Report of the Indian Hemp Drugs Commission, 1894-1895 - Volume III
Year: 1894
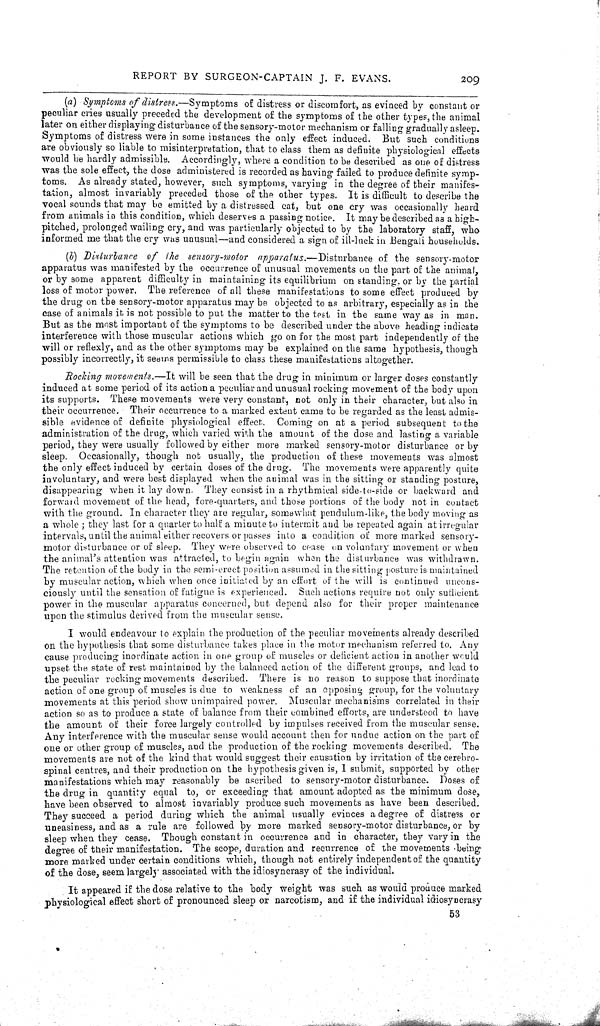
REPORT BY SURGEON-CAPTAIN J. F. EVANS.
209
(a) Symptoms of distress.—Symptoms
of distress or discomfort, as evinced by constant or
peculiar cries usually preceded the development of the symptoms of the other types, the animal
later on either displaying disturbance of the sensory-motor mechanism or falling gradually asleep.
Symptoms of distress were in some instances the only effect induced. But such conditions
are obviously so liable to misinterpretation, that to class them as definite physiological effects
would be hardly admissible. Accordingly, where a condition to be described as one of distress
was the sole effect, the dose administered is recorded as having failed to produce definite symp-
toms. As already stated, however, such symptoms, varying in the degree of their manifes-
tation, almost invariably preceded those of the other types. It is difficult to describe the
vocal sounds that may be emitted by a distressed cat, but one cry was occasionally heard
from animals in this condition, which deserves a passing notice. It may be described as a high-
pitched, prolonged wailing cry, and was particularly objected to by the laboratory staff, who
informed me that the cry was unusual-and considered a sign of ill-luck in Bengali households.
(b) Disturbance
of the sensory-motor
apparatus.—Disturbance
of the sensory-motor
apparatus was manifested by the occurrence of unusual movements on the part of the animal,
or by some apparent difficulty in maintaining its equilibrium on standing, or by the partial
loss of motor power. The reference of all these manifestations to some effect produced by
the drug on the sensory-motor apparatus may be objected to as arbitrary, especially as in the
case of animals it is not possible to put the matter to the test in the same way as in man.
But as the most important of the symptoms to be described under the above heading indicate
interference with those muscular actions which go on for the most part independently of the
will or reflexly, and as the other symptoms may be explained on the same hypothesis, though
possibly incorrectly, it seems permissible to class these manifestations altogether.
Rocking movements.—It will be seen that the drug in minimum or larger doses constantly
induced at some period of its action a peculiar and unusual rocking movement of the body upon
its supports. These movements were very constant, not only in their character, but also in
their occurrence. Their occurrence to a marked extent came to be regarded as the least admis-
sible evidence of definite physiological effect. Coming on at a period subsequent to the
administration of the drug, which varied with the amount of the dose and lasting a variable
period, they were usually followed by either more marked sensory-motor disturbance or by
sleep. Occasionally, though not usually, the production of these movements was almost
the only effect induced by certain doses of the drug. The movements were apparently quite
involuntary, and were best displayed when the animal was in the sitting or standing posture,
disappearing when it lay down. They consist in a rhythmical side-to-side or backward and
forward movement of the head, fore-quarters, and those portions of the body not in contact
with the ground. In character they are regular, somewhat pendulum-like, the body moving as
a whole; they last for a quarter to half a minute to intermit and be repeated again at irregular
intervals, until the animal either recovers or passes into a condition of more marked sensory-
motor disturbance or of sleep. They were observed to cease on voluntary movement or when
the animal's attention was attracted, to begin again when the disturbance was withdrawn.
The retention of the body in the semi-erect position assumed in the sitting posture is maintained
by muscular action, which when once initiated by an effort of the will is continued uncons-
ciously until the sensation of fatigue is experienced. Such actions require not only sufficient
power in the muscular apparatus concerned, but depend also for their proper maintenance
upon the stimulus derived from the muscular sense.
I would endeavour to explain the production of the peculiar movements already described
on the hypothesis that some disturbance takes place in the motor mechanism referred to. Any
cause producing inordinate action in one group of muscles or deficient action in another would
upset the state of rest maintained by the balanced action of the different groups, and lead to
the peculiar rocking movements described. There is no reason to suppose that inordinate
action of one group of muscles is due to weakness of an opposing group, for the voluntary
movements at this period show unimpaired power. Muscular mechanisms correlated in their
action so as to produce a state of balance from their combined efforts, are understood to have
the amount of their force largely controlled by impulses received from the muscular sense.
Any interference with the muscular sense would account then for undue action on the part of
one or other group of muscles, and the production of the rocking movements described. The
movements are not of the kind that would suggest their causation by irritation of the cerebro-
spinal centres, and their production on the hypothesis given is, I submit, supported by other
manifestations which may reasonably be ascribed to sensory-motor disturbance. Doses of
the drug in quantity equal to, or exceeding that amount adopted as the minimum dose,
have been observed to almost invariably produce such movements as have been described.
They succeed a period during which the animal usually evinces a degree of distress or
uneasiness, and as a rule are followed by more marked sensory-motor disturbance, or by
sleep when they cease. Though constant in occurrence and in character, they vary in the
degree of their manifestation. The scope, duration and recurrence of the movements being
more marked under certain conditions which, though not entirely independent of the quantity
of the dose, seem largely associated with the idiosyncrasy of the individual.
It appeared if the dose relative to the body weight was such as would produce marked
physiological effect short of pronounced sleep or narcotism, and if the individual idiosyncrasy
53